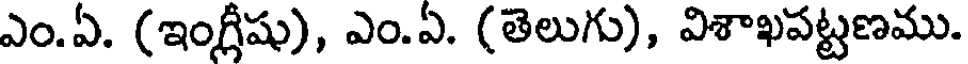
ఎం.ఏ. (ఇంగ్లీషు), ఎం.ఏ. (తెలుగు), విశాఖపట్టణము.